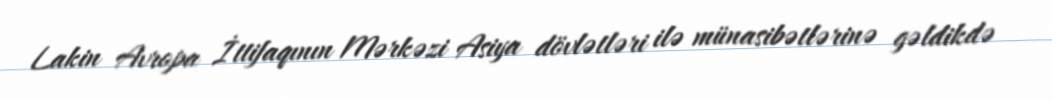
Lakin Avropa İttifaqının Mərkəzi Asiya dövlətləri ilə münasibətlərinə gəldikdə